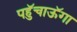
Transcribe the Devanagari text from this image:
पहुॅचाऊॅगा